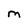
Character: M